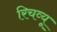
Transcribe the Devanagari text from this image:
रिचव्यू